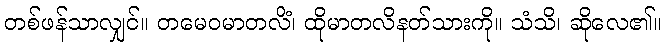
တစ်ဖန်သာလျှင်။ တမေဝမာတလိံ၊ ထိုမာတလိနတ်သားကို။ သံသိ၊ ဆိုလေ၏။